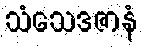
သံသေဒဇာနံ